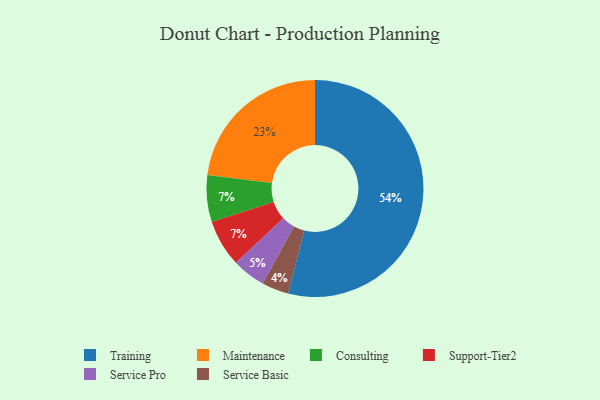
{"axis": {"x": "Category", "y": "Percentage"}, "legend": ["Consulting", "Maintenance", "Service Basic", "Service Pro", "Support-Tier2", "Training"], "data": [{"x": "Service Pro", "y": 5, "type": "Service Pro"}, {"x": "Consulting", "y": 7, "type": "Consulting"}, {"x": "Support-Tier2", "y": 7, "type": "Support-Tier2"}, {"x": "Maintenance", "y": 23, "type": "Maintenance"}, {"x": "Service Basic", "y": 4, "type": "Service Basic"}, {"x": "Training", "y": 54, "type": "Training"}]}